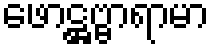
ဖောဋ္ဌဗ္ဗာရာမာ